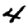
Digit: 4